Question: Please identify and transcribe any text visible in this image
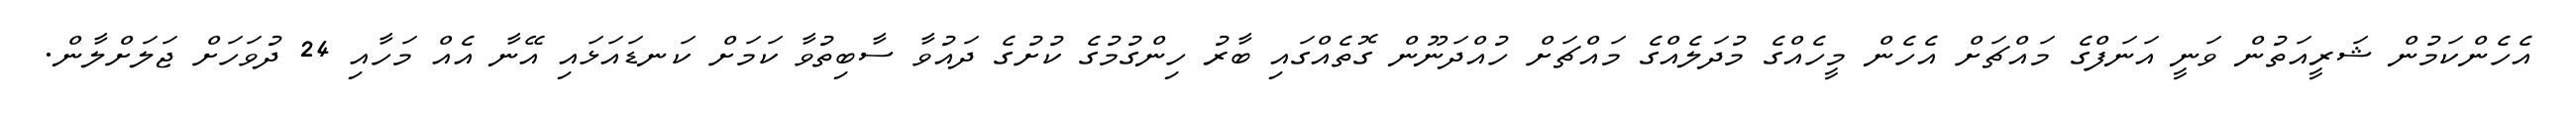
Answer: އެހެންކަމުން ޝަރީއަތުން ވަނީ އަނަފްގެ މައްޗަށް އެހެން މީހެއްގެ މުދަލެއްގެ މައްޗަށް ހުއްދަނޫން ގޮތެއްގައި ބާރު ހިންގުމުގެ ކުށުގެ ދައުވާ ސާބިތުވާ ކަމަށް ކަނޑައަޅައި އޭނާ އެއް މަހާއި 24 ދުވަހަށް ޖަލަށްލާން.